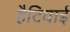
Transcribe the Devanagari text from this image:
हैटियाई